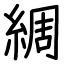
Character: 綢